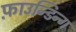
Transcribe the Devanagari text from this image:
फ़ाउन्डिन्ग